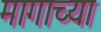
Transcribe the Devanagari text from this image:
मागाच्या